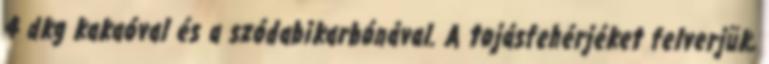
4 dkg kakaóval és a szódabikarbónával. A tojásfehérjéket felverjük,